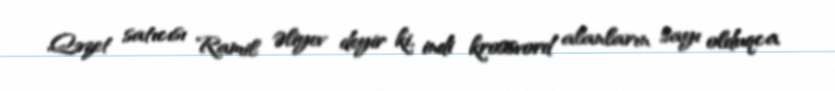
Qəzet satıcısı Ramil Əliyev deyir ki, indi krossvord alanların sayı olduqca